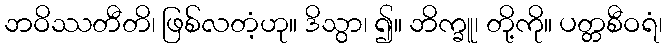
ဘဝိဿတီတိ၊ ဖြစ်လတံ့ဟု။ ဒိသွာ၊ ၍။ ဘိက္ခူ၊ တို့ကို။ ပတ္တစီဝရံ၊